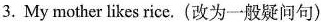
3. My mother likes rice.(改为一般疑问句)